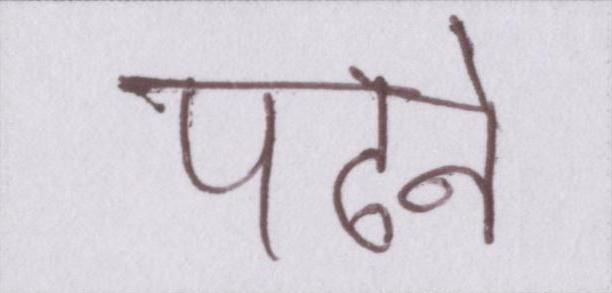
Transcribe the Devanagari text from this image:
पढने